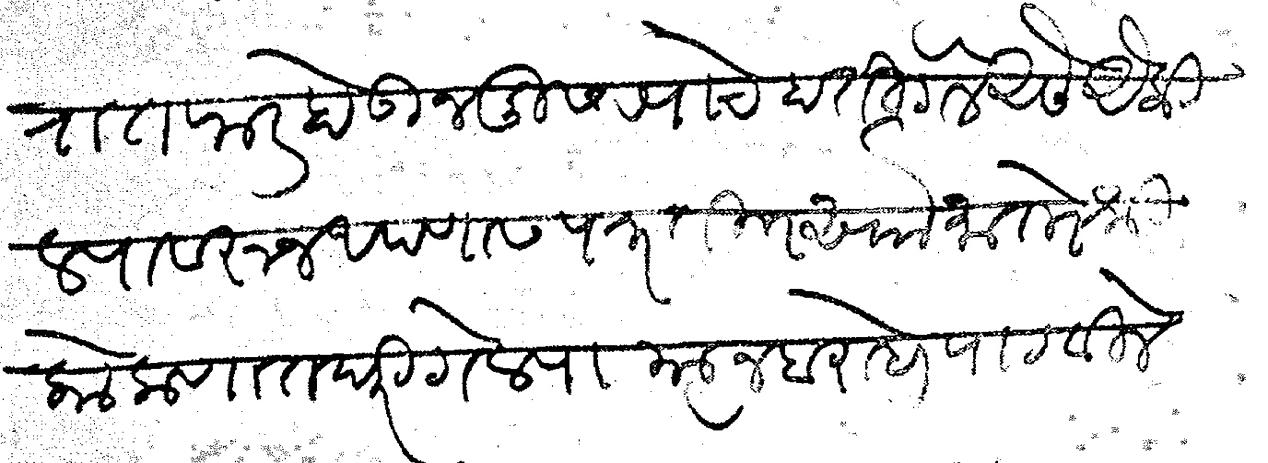
Transliteration (Devanagari): अफरातफर होऊन दुसऱ्याचे हाती गेले असे ऐकिल्यावरून आपणास पत्र ती सौ मातोश्री कोकणात घरीगेल्या त्याजबरोबर पाठविले